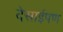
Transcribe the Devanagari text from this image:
देसाईपण